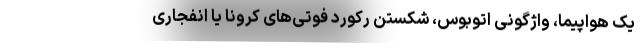
یک هواپیما، واژگونی اتوبوس، شکستن رکورد فوتی‌های کرونا یا انفجاری